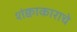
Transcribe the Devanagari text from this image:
शंक्वाकाराचे